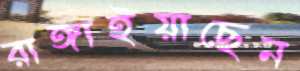
রাঙ্গাইয়াছেন